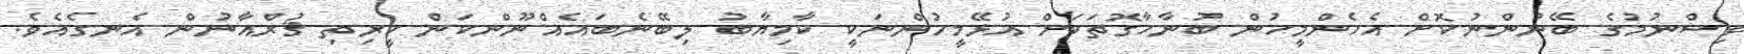
ވިސްނުމުގެ ބޭނުންނުކޮށް އެހެންމީހުން ބުނާހާގޮތަކަށް އުޅޭމީހުންނަކީ ކާމިޔާބު ލިބޭނެބައެއްނޫންކަން ކީރިތި ޤުރްއާނުން އެނގެއެވެ.